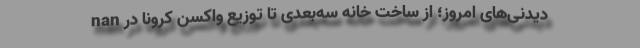
nan دیدنی‌های امروز؛ از ساخت خانه سه‌بعدی تا توزیع واکسن کرونا در